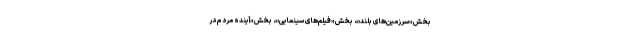
بخش «سرزمین‌های بلند»، بخش «فیلم‌های سینمایی»، بخش «آینده مردم در